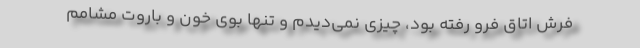
فرش اتاق فرو رفته بود، چیزی نمی‌دیدم و تنها بوی خون و باروت مشامم